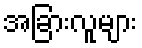
အခြားလူများ